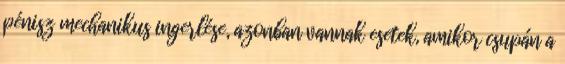
pénisz mechanikus ingerlése, azonban vannak esetek, amikor csupán a